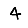
Digit: 4